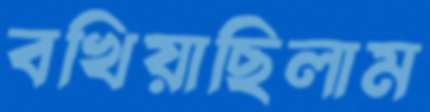
বখিয়াছিলাম